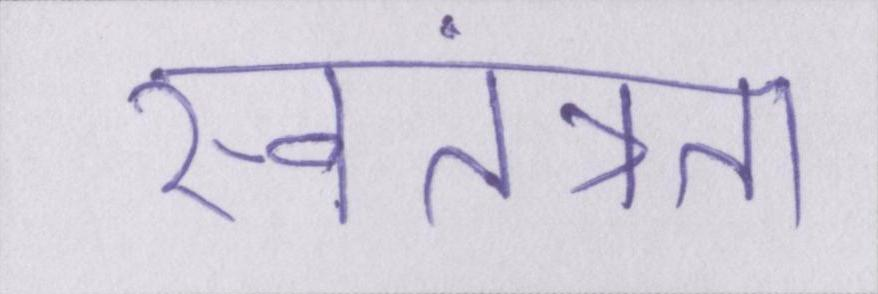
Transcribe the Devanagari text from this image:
स्वतंत्रता